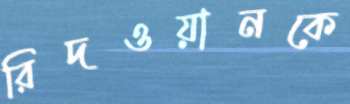
রিদওয়ানকে